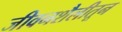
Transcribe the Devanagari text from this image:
जीवनशैलीतून